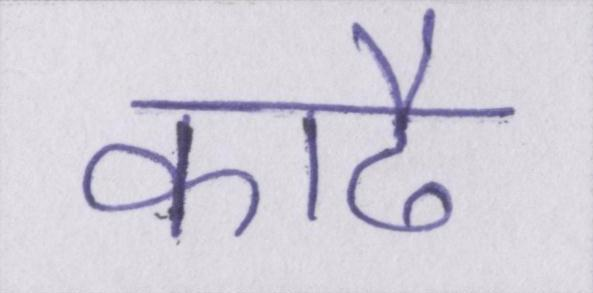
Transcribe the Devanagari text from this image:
काढै